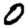
Digit: 0